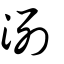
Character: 洌